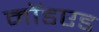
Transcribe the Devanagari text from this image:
मॉडएड